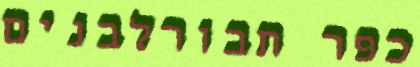
כפר תבורלבנים